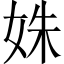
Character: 姝